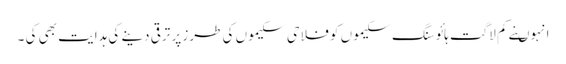
انہوںنے کم لاگت ہائوسنگ سکیموں کو فلاحی سکیموں کی طرز پر ترقی دینے کی ہدایت بھی کی ۔